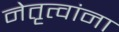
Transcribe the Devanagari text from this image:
नेतृत्वांना